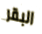
البقر